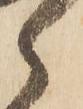
郎